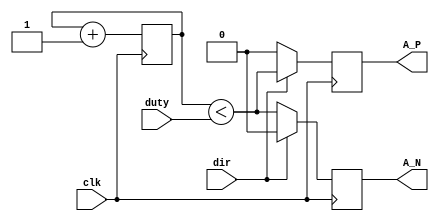
module motorDriver( 
	input wire clk,

	input wire[7:0] duty,
	input wire dir,

		
	output reg A_P,		
	output reg A_N
);

reg[7:0] div_cycles;
assign activated = div_cycles < duty;

initial begin
	div_cycles = 0;
end

always @(posedge clk) begin
	div_cycles <= div_cycles + 1;

	A_P <= dir ? activated : 0;
	A_N <= dir ? 0 : activated;
end

endmodule